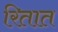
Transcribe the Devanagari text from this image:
रितात